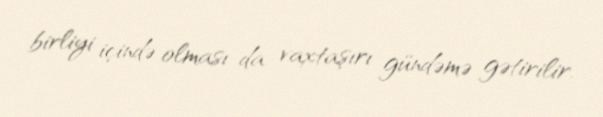
birliyi içində olması da vaxtaşırı gündəmə gətirilir.